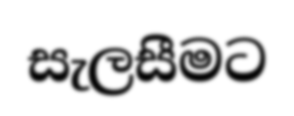
සැලසීමට